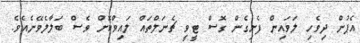
އެޕުން ދިވެހި ލަވައިން ފެށިގެން ގޮސް ޓީވީ ޗެނަލްތައް ލައިވްކޮށް ވެސް ބަލާލެވޭނެއެވެ.